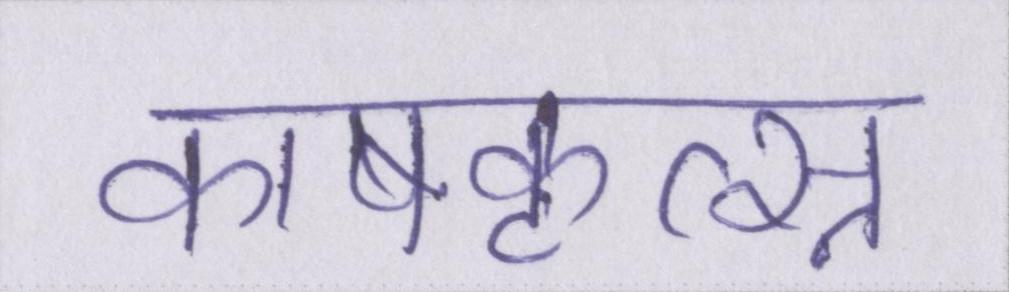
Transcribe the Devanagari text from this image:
काषकृत्स्न